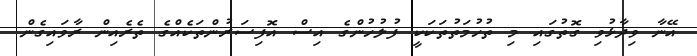
އޭނާ ވިދާޅުވި ގޮތުގައި މި ތުހުމަތުތަކަކީ ފުލުހުންގެ އިސް އޮފިސަރުންތަކެއްގެ ތެރެއިން ރާވައިގެން